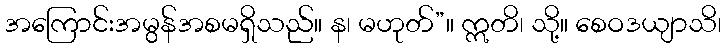
အကြောင်းအမွန်အစမရှိသည်။ န၊ မဟုတ်”။ ဣတိ၊ သို့။ စေဝဒယျာသိ၊